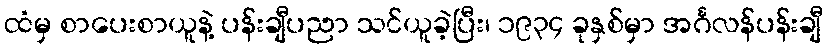
ထံမှ စာပေးစာယူနဲ့ ပန်းချီပညာ သင်ယူခဲ့ပြီး၊ ၁၉၃၄ ခုနှစ်မှာ အင်္ဂလန်ပန်းချီ